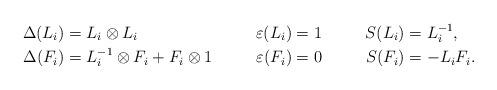
LaTeX: \begin{align*} \Delta(L_i)&=L_i\otimes L_i & \varepsilon(L_i) &= 1 & S(L_i) &= L_i^{-1},\\ \Delta(F_i)&=L_i^{-1}\otimes F_i + F_i \otimes 1 & \varepsilon(F_i) &= 0 & S(F_i) &= -L_i F_i. \end{align*}